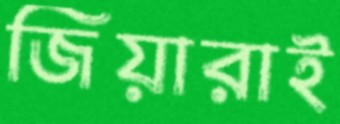
জিয়ারাই